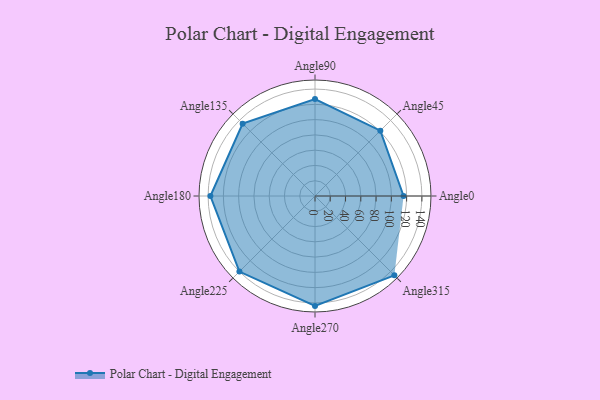
{"axis": {"x": "Angle", "y": "Radius"}, "legend": [""], "data": [{"x": "Angle0", "y": 116.0, "type": ""}, {"x": "Angle45", "y": 121.0, "type": ""}, {"x": "Angle90", "y": 127.0, "type": ""}, {"x": "Angle135", "y": 134.0, "type": ""}, {"x": "Angle180", "y": 137.0, "type": ""}, {"x": "Angle225", "y": 140.0, "type": ""}, {"x": "Angle270", "y": 144.0, "type": ""}, {"x": "Angle315", "y": 147.0, "type": ""}]}